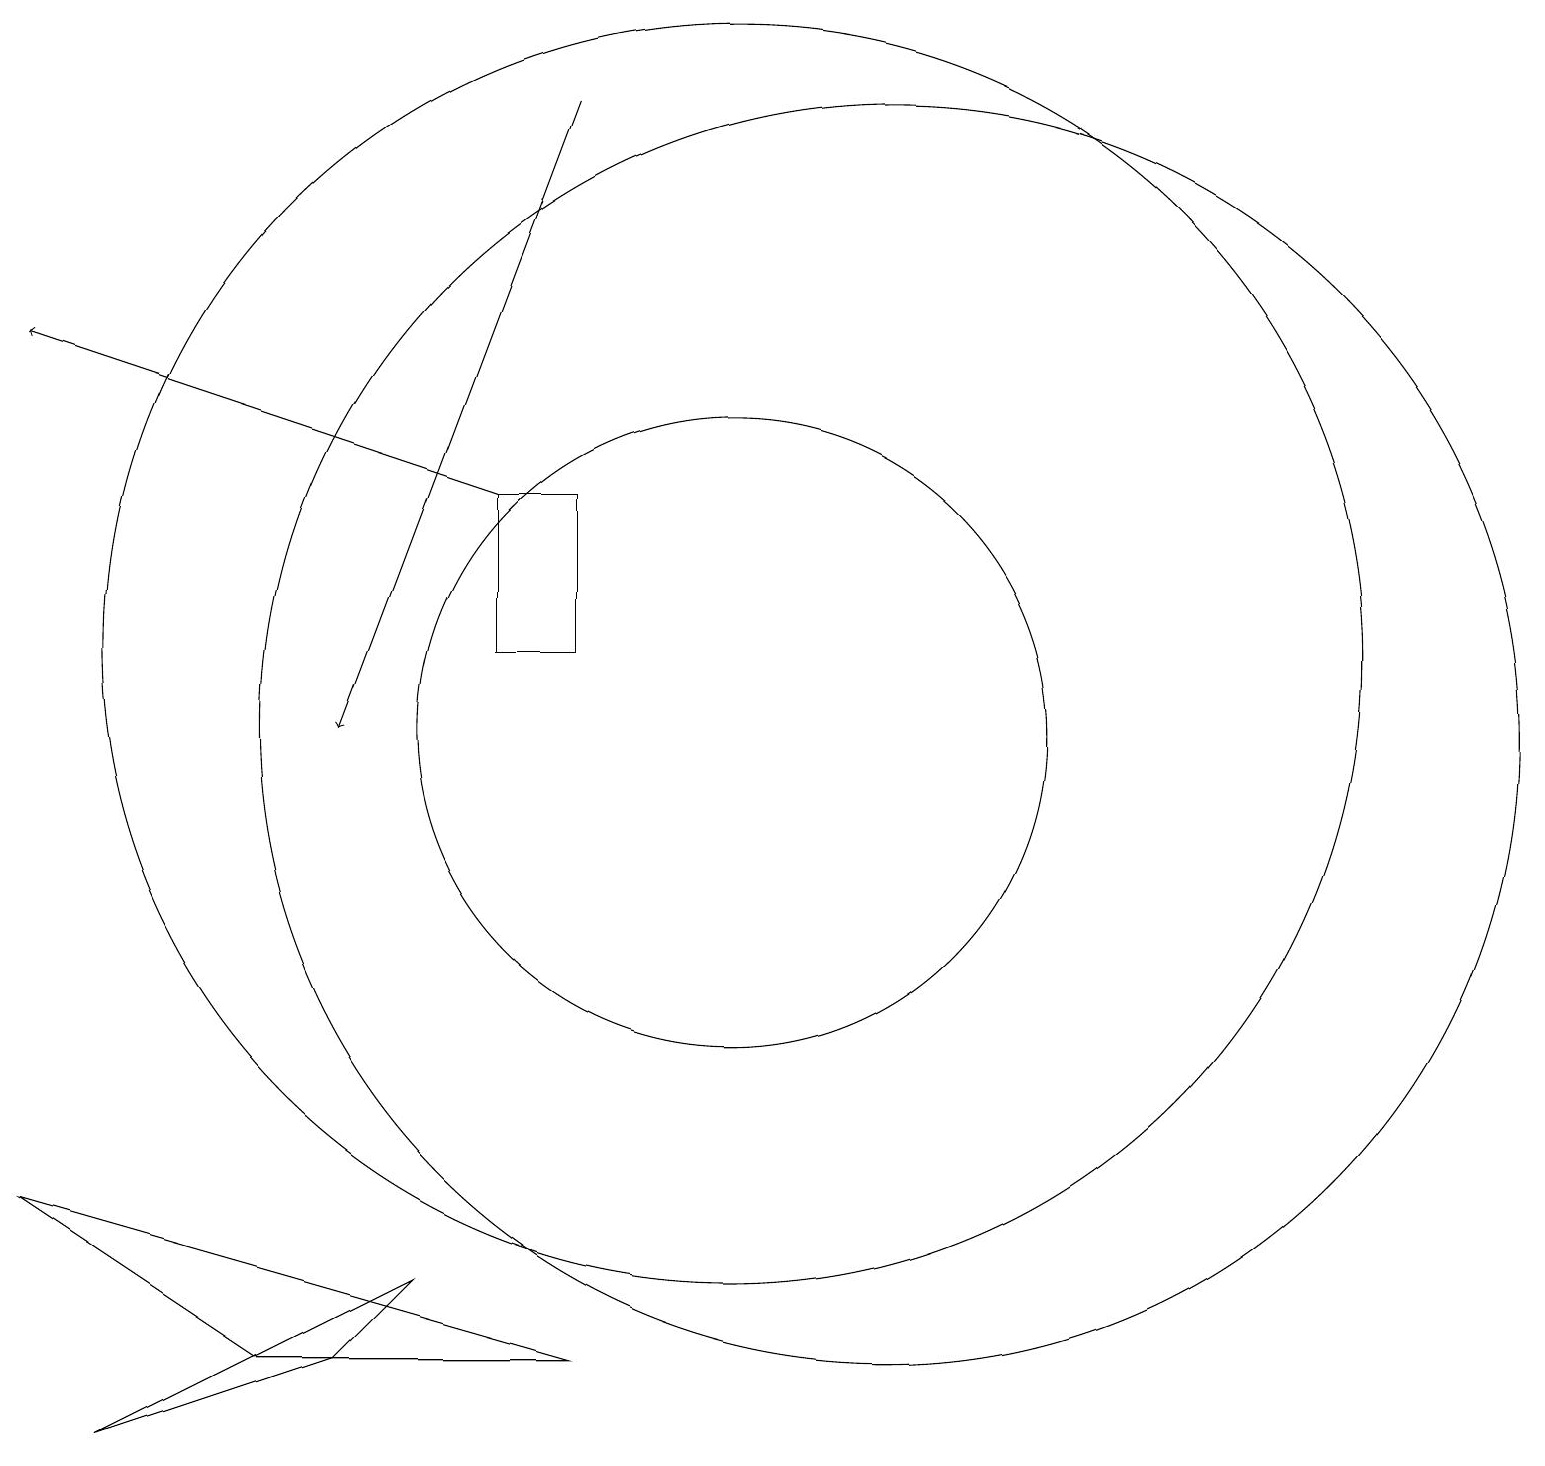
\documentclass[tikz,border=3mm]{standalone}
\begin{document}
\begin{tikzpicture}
\draw (12,10) circle (8);
\draw (10,10) circle (4);
\draw (10,11) circle (8);
\draw (6,3) -- (5,2) -- (2,1) -- cycle;
\draw (8,11) rectangle (7,13);
\draw[->] (8,18) -- (5,10);
\draw[->] (7,13) -- (1,15);
\draw (8,2) -- (1,4) -- (4,2) -- cycle;
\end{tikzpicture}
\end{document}